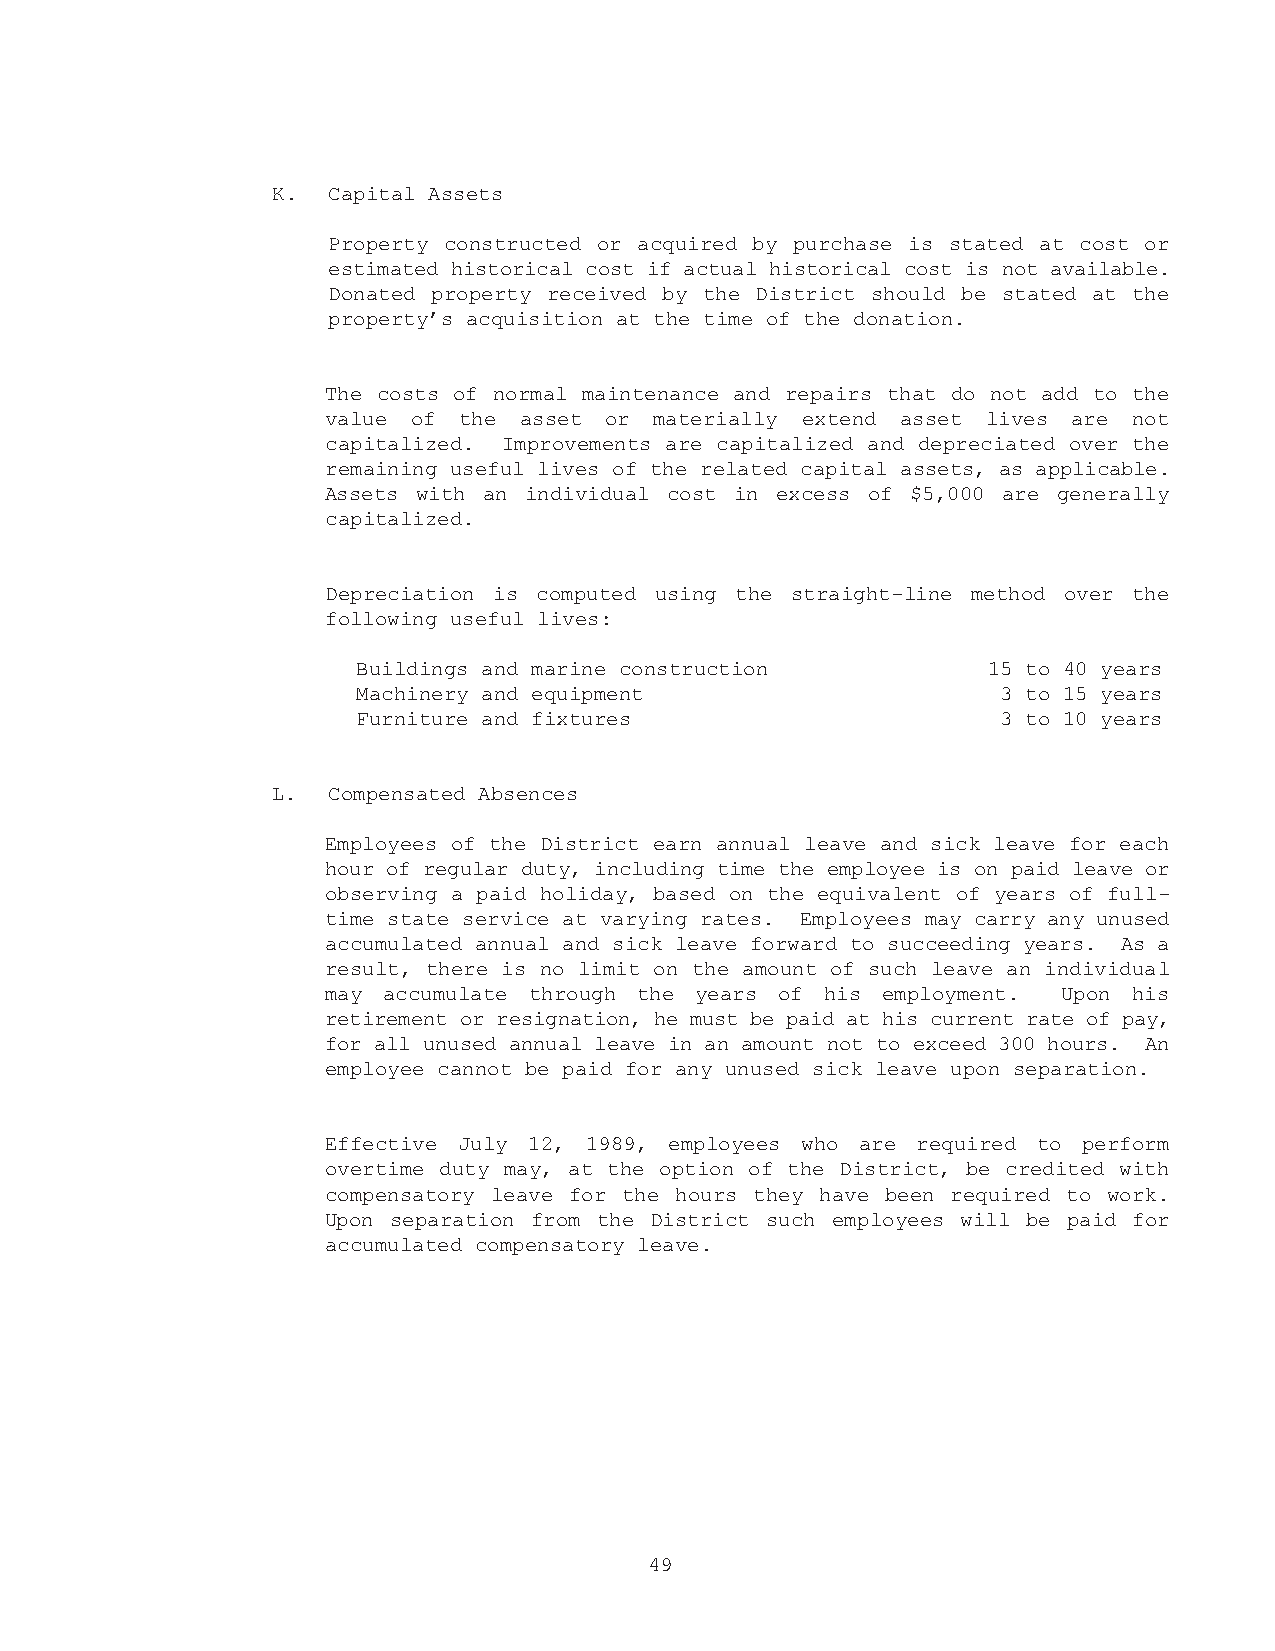
K.  Capital Assets
 Property constructed or acquired by purchase is stated at cost or
 estimated historical cost if actual historical cost is not available.
 Donated property received by the District should be stated at the
 property’s acquisition at the time of the donation.
 The costs of normal maintenance and repairs that do not add to the
 value of the asset or materially extend asset lives are not
 capitalized. Improvements are capitalized and depreciated over the
 remaining useful lives of the related capital assets, as applicable.
 Assets with an individual cost in excess of $5,000 are generally
 capitalized.
 Depreciation is computed using the straight-line method over the
 following useful lives:
 Buildings and marine construction        15 to 40 years
 Machinery and equipment                   3 to 15 years
 Furniture and fixtures                    3 to 10 years
 L.  Compensated Absences
 Employees of the District earn annual leave and sick leave for each
 hour of regular duty, including time the employee is on paid leave or
 observing a paid holiday, based on the equivalent of years of full-
 time state service at varying rates. Employees may carry any unused
 accumulated annual and sick leave forward to succeeding years. As a
 result, there is no limit on the amount of such leave an individual
 may accumulate through the years of his employment. Upon his
 retirement or resignation, he must be paid at his current rate of pay,
 for all unused annual leave in an amount not to exceed 300 hours. An
 employee cannot be paid for any unused sick leave upon separation.
 Effective July 12, 1989, employees who are required to perform
 overtime duty may, at the option of the District, be credited with
 compensatory leave for the hours they have been required to work.
 Upon separation from the District such employees will be paid for
 accumulated compensatory leave.
 49